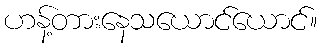
ဟန့်တားနေသယောင်ယောင်။